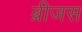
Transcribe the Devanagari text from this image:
ब्रीजस